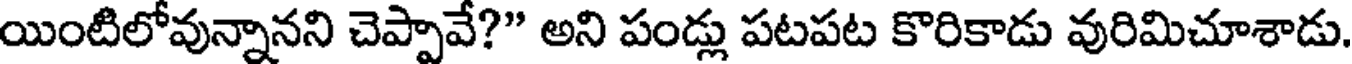
యింటిలోవున్నానని చెప్పావే?" అని పండ్లు పటపట కొరికాడు వురిమిచూశాడు